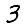
Digit: 3